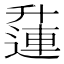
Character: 𨖲